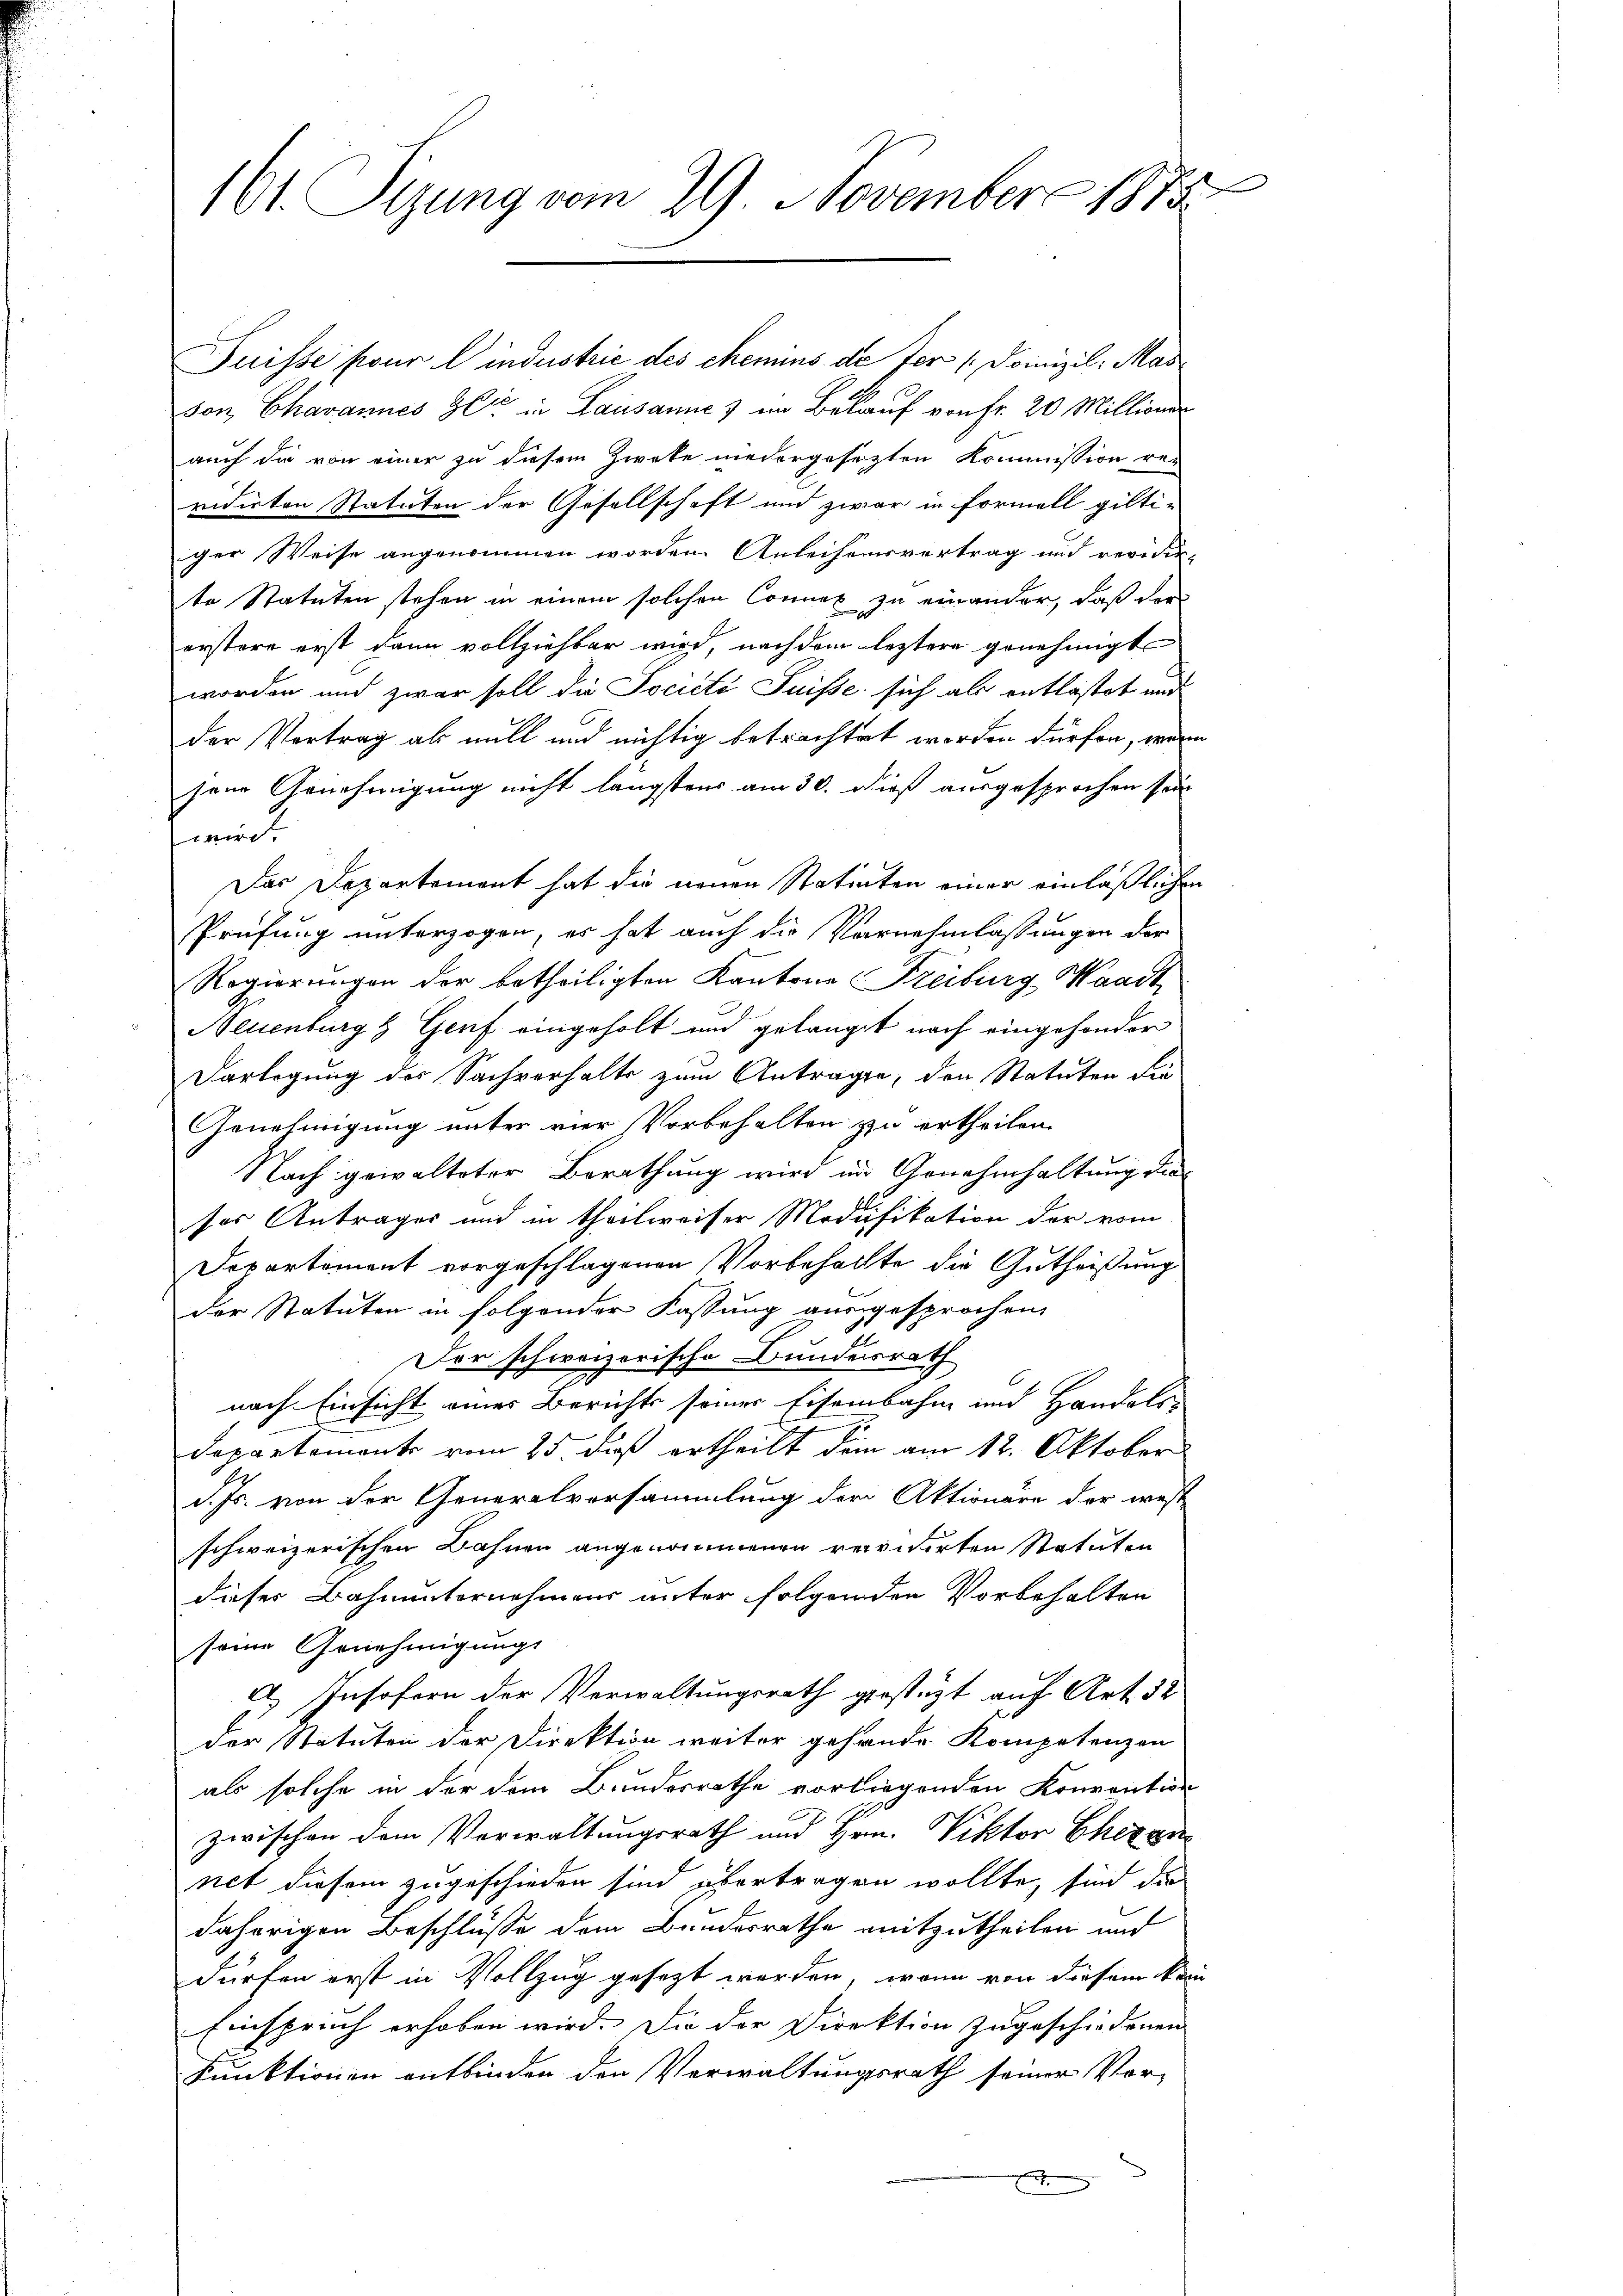
E
161. Sizung vom 29. November 1815.

Suisse pour lindustrie des chemins de ter (Doinizil, Mas
son Chavannes Zeit in Lausanne & im Bekauf von fr. 20 Millione
auch die von einer zu diesem Zweke niedergesezten Kommission re-
vidirten Statuten der Gesellschaft und zwar in Formell gilti-
ger Weise angenommen worden Anleihensvertrag und revidie-
te Statuten stehen in einem solchen Connet zu einander, daß der
erstere erst dann vollziehbar wird, nachdem leztere genehmigt
worden und zwar soll die Société Suisse sich als entlastet und
der Vortrag als mill und nichtig betrachtet worden dürfen, wenn
jene Genehmigung nicht längstens am 30. dieß ausgesprochen sein
wird.
Das Departement hat die neuen Statinten einer einläßliche
Prüfung unterzogen, es hat auch die Vornehmlassungen der
Regierungen der betheiligten Kantone Freiburg Waadt,
Neuenburg & Genf eingeholt und gelangt nach eingesonder
Darlegung der Sachverhalte zum Antragen, den Statuten die
Genehmigung unter vier Vorbehalten zu ertheilen.
Nach gewalteter Berathung wird im Genehmhaltung der
ser Anträger und in theilweiser Modifikation der vom
Departement vorgeschlagenen Vorbehallte die Gutheißung
der Statuten in folgender Fassung ausgesprochen,
Der schweizerische Bundesrath
nach Einsicht einer Berichts seiner Eisenbahn und Handels-
E
Departemente vom 25. daß ertheilt dein am 12. Oktober
d. Js. von der Generalversammlung der Aktionäre der west
schweizerischen Bahnen angenommenen revidirten Statuten
dieser Bahnunternehmens unter folgenden Vorbehalten
seine Genehmigungs
 IInsofern der Verwaltungsrath gestigt auf Art. 32
der Statuten der Direktion weiter gehande Kompetenzen
als solche in der dem Bundesrathe vorliegenden Konvention
zwischen dem Verwaltungsrath und Hrn. Viktor Chegn
net diesem zugeschieden sind übertragen wollte, sind die
daherigen Beschlüsse dem Bundesrathe mitzutheilen und
dürfen erst in Vollzug gesezt werden, wenn von diesem kan
Einspruch erhoben wird. Die der Direktion zugeschiedenen
Funktionen entbinden den Verwaltungsrath seiner Vor¬
.

e

u